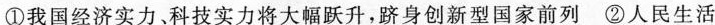
①我国经济实力、科技实力将大幅跃升，跻身创新型国家前列②人民生活